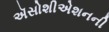
ઍસોશીએશનની